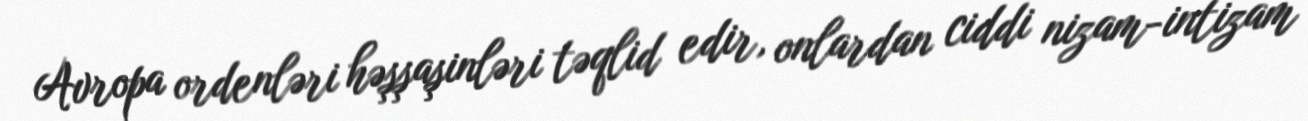
Avropa ordenləri həşşaşinləri təqlid edir, onlardan ciddi nizam-intizam